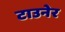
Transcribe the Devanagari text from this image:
टाउनेर